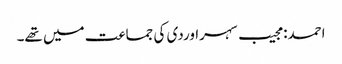
احمد: مجیب سہراوردی کی جماعت میں تھے۔